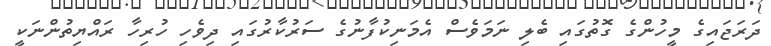
ދަރަޖައިގެ މީހުންގެ ގޮތުގައި ބެލި ނަމަވެސް އެމަނިކުފާނުގެ ސަރުކާރުގައި ދިވެހި ހުރިހާ ރައްޔިތުންނަކީ